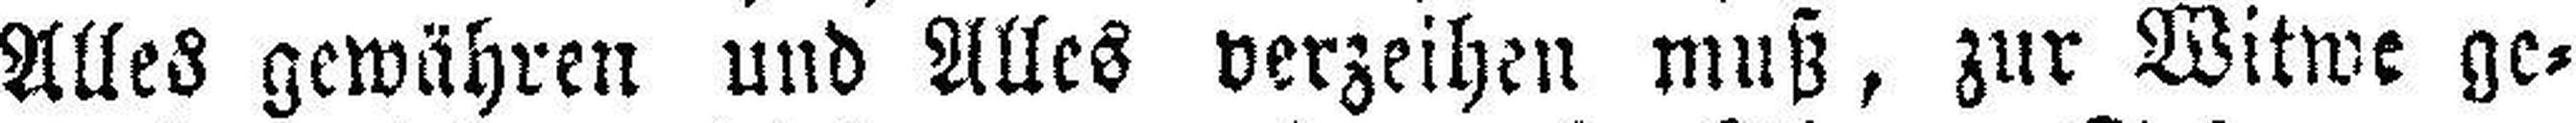
Alles gewähren und Alles verzeihen muß, zur Witwe ge¬